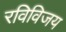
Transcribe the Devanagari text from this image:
रविविजय